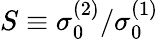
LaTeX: S\equiv\sigma_{0}^{(2)}/\sigma_{0}^{(1)}